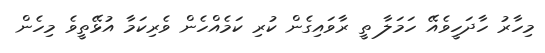
މިހާރު ހާދަހީވެއޭ ހަމަލާ ތީ ރާވައިގެން ކުރި ކަމެއްހެން ވެރިކަމާ އުޅޭތީވެ މިހެން